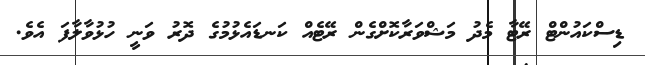
ޑިސްކައުންޓް ރޭޓާ މެދު މަޝްވަރާކޮށްގެން ރޭޓެއް ކަނޑައެޅުމުގެ ދޮރު ވަނީ ހުޅުވާލާފަ އެވެ.